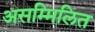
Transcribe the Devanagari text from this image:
असम्मिलित